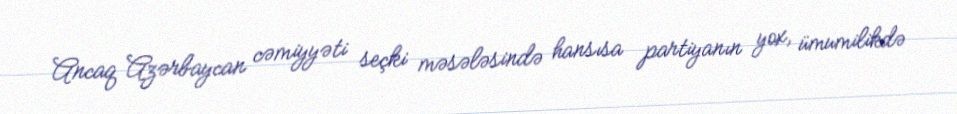
Ancaq Azərbaycan cəmiyyəti seçki məsələsində hansısa partiyanın yox, ümumilikdə